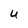
Character: u